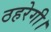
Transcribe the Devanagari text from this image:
ठहरेगी।